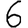
Digit: 6